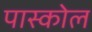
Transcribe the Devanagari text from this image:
पास्कोल